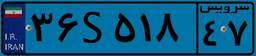
۳۶S۵۱۸۴۷